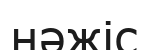
нәжіс